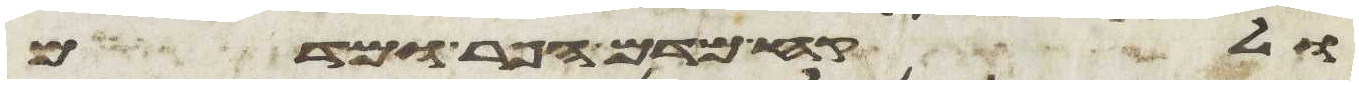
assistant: ולקח מדם הפר ומדם